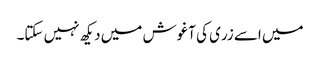
میں اسے زری کی آغوش میں دیکھ نہیں سکتا۔